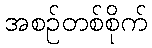
အစဉ်တစ်စိုက်